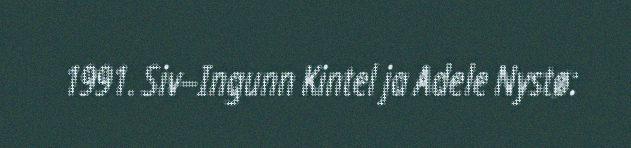
1991. Siv–Ingunn Kintel ja Adele Nystø: